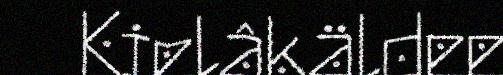
Kielâkäldee